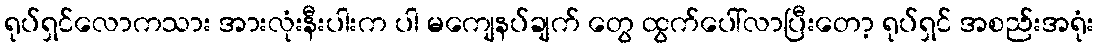
ရုပ်ရှင်လောကသား အားလုံးနီးပါးက ပါ မကျေနပ်ချက် တွေ ထွက်ပေါ်လာပြီးတော့ ရုပ်ရှင် အစည်းအရုံး